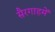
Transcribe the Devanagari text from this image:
सैरगाहमें